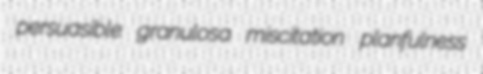
persuasible granulosa miscitation planfulness